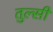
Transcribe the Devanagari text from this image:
तुल्सी